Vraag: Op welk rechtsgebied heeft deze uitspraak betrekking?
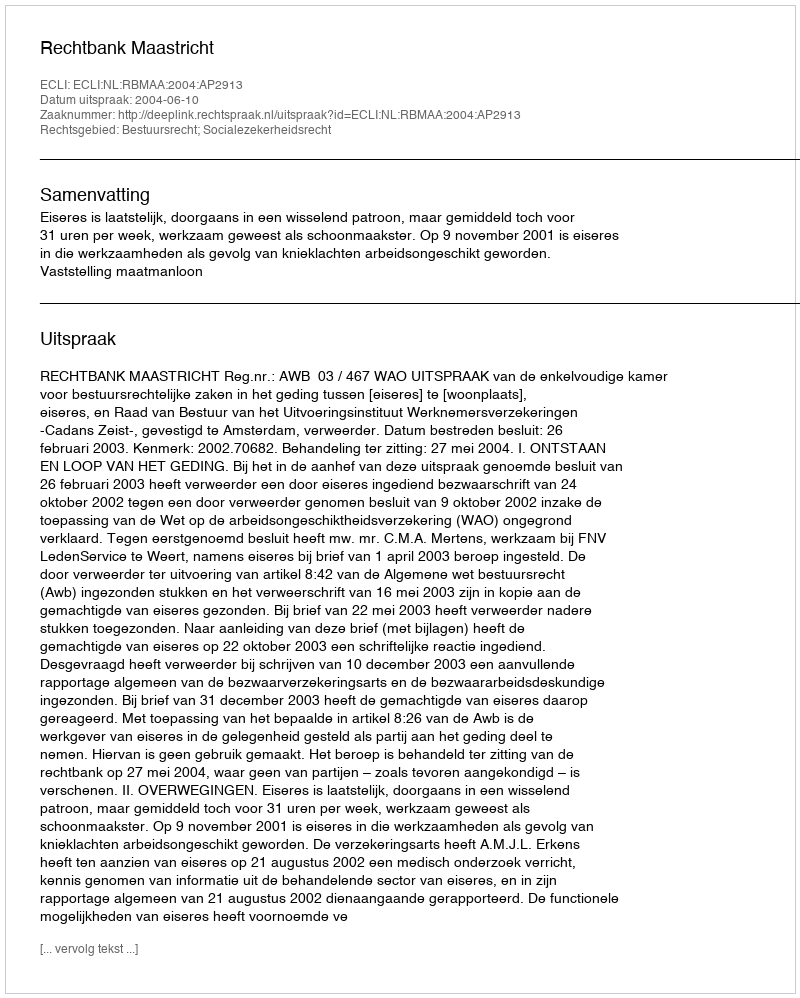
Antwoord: Bestuursrecht; Socialezekerheidsrecht